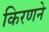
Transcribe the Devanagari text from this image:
किरणने